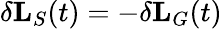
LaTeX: \delta\textbf{L}_{S}(t)=-\delta\textbf{L}_{G}(t)